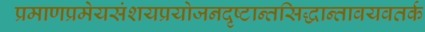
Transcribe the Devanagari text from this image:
प्रमाणप्रमेयसंशयप्रयोजनदृष्टान्तसिद्धान्तावयवतर्क